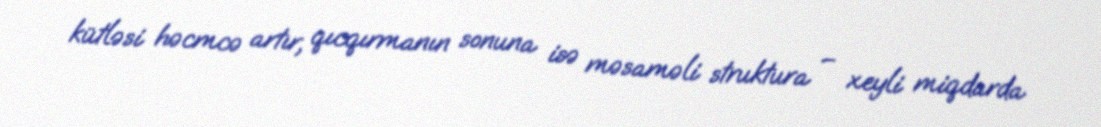
kütləsi həcmcə artır, qıcqırmanın sonuna isə məsaməli struktura – xeyli miqdarda